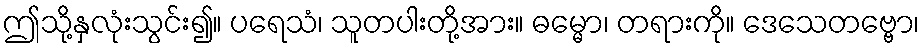
ဤသို့နှလုံးသွင်း၍။ ပရေသံ၊ သူတပါးတို့အား။ ဓမ္မော၊ တရားကို။ ဒေသေတဗ္ဗော၊